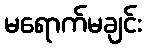
မရောက်မချင်း